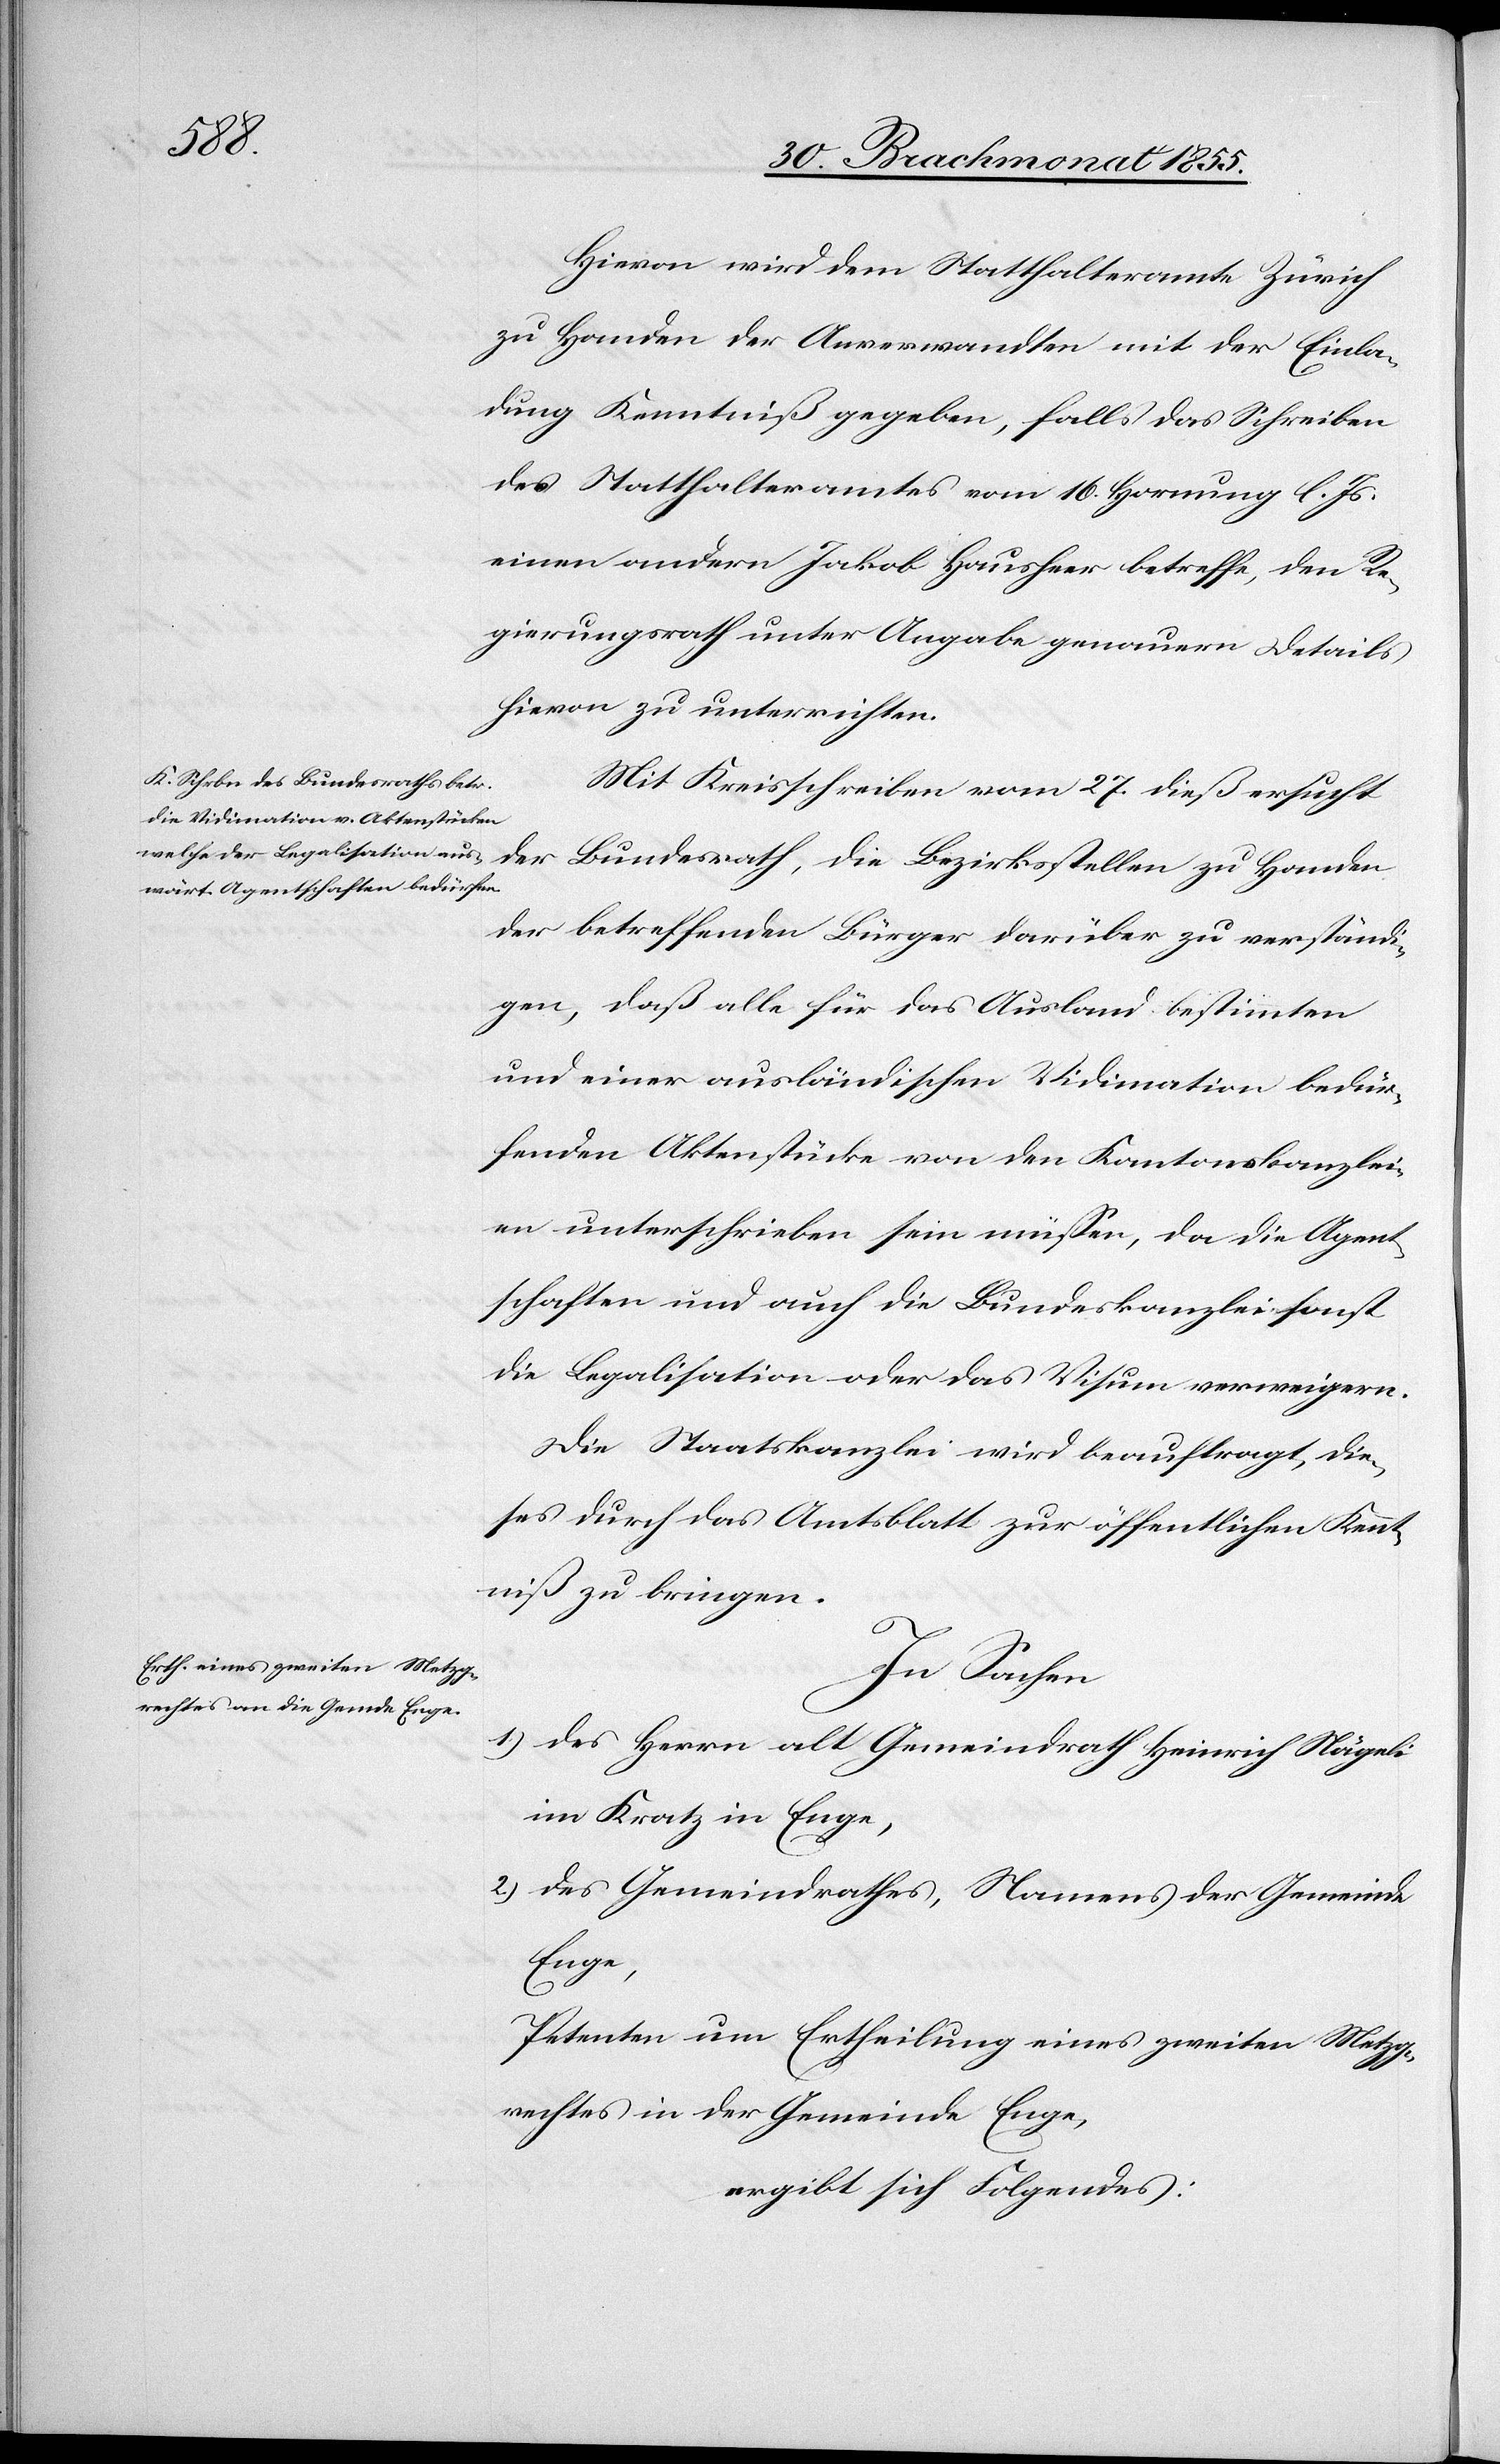
Hievon wird dem Statthalteramte Zürich
zu Handen der Anverwandten mit der Einla¬
dung Kenntniß gegeben, falls das Schreiben
des Statthalteramtes vom 16. Hornung l. Js.
einen andern Jakob Hausheer betreffe, den Re¬
gierungsrath unter Angabe genauern Details
hievon zu unterrichten.
Mit Kreisschreiben vom 27. dieß ersucht
der Bundesrath, die Bezirksstellen zu Handen
der betreffenden Bürger darüber zu verständi¬
gen, daß alle für das Ausland bestimmten
und einer ausländischen Vidimation bedür¬
fenden Aktenstücke von den Kantonskanzlei¬
en unterschrieben sein müssen, da die Agent¬
schaften und auch die Bundeskanzlei sonst
die Legalisation oder das Visum verweigern.
Die Staatskanzlei wird beauftragt, die¬
ses durch das Amtsblatt zur öffentlichen Kennt¬
niß zu bringen.
In Sachen
1) des Herrn alt Gemeindrath Heinrich Nägeli
im Kratz in Enge,
2) des Gemeindrathes, Namens der Gemeinde
Enge,
Petenten um Ertheilung eines zweiten Metzg¬
rechtes in der Gemeinde Enge,
ergibt sich Folgendes: